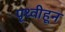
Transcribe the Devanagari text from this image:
पृथ्वीहून